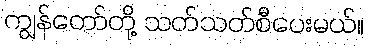
ကျွန်တော်တို့ သတ်သတ်စီပေးမယ်။